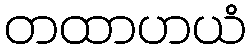
တထာဟယံ